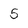
Character: 5